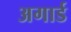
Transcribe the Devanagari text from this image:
अगार्ड